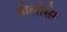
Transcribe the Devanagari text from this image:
मोलोसेर